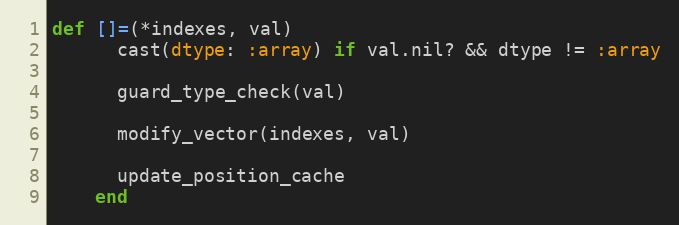
Language: Ruby
def []=(*indexes, val)
      cast(dtype: :array) if val.nil? && dtype != :array

      guard_type_check(val)

      modify_vector(indexes, val)

      update_position_cache
    end